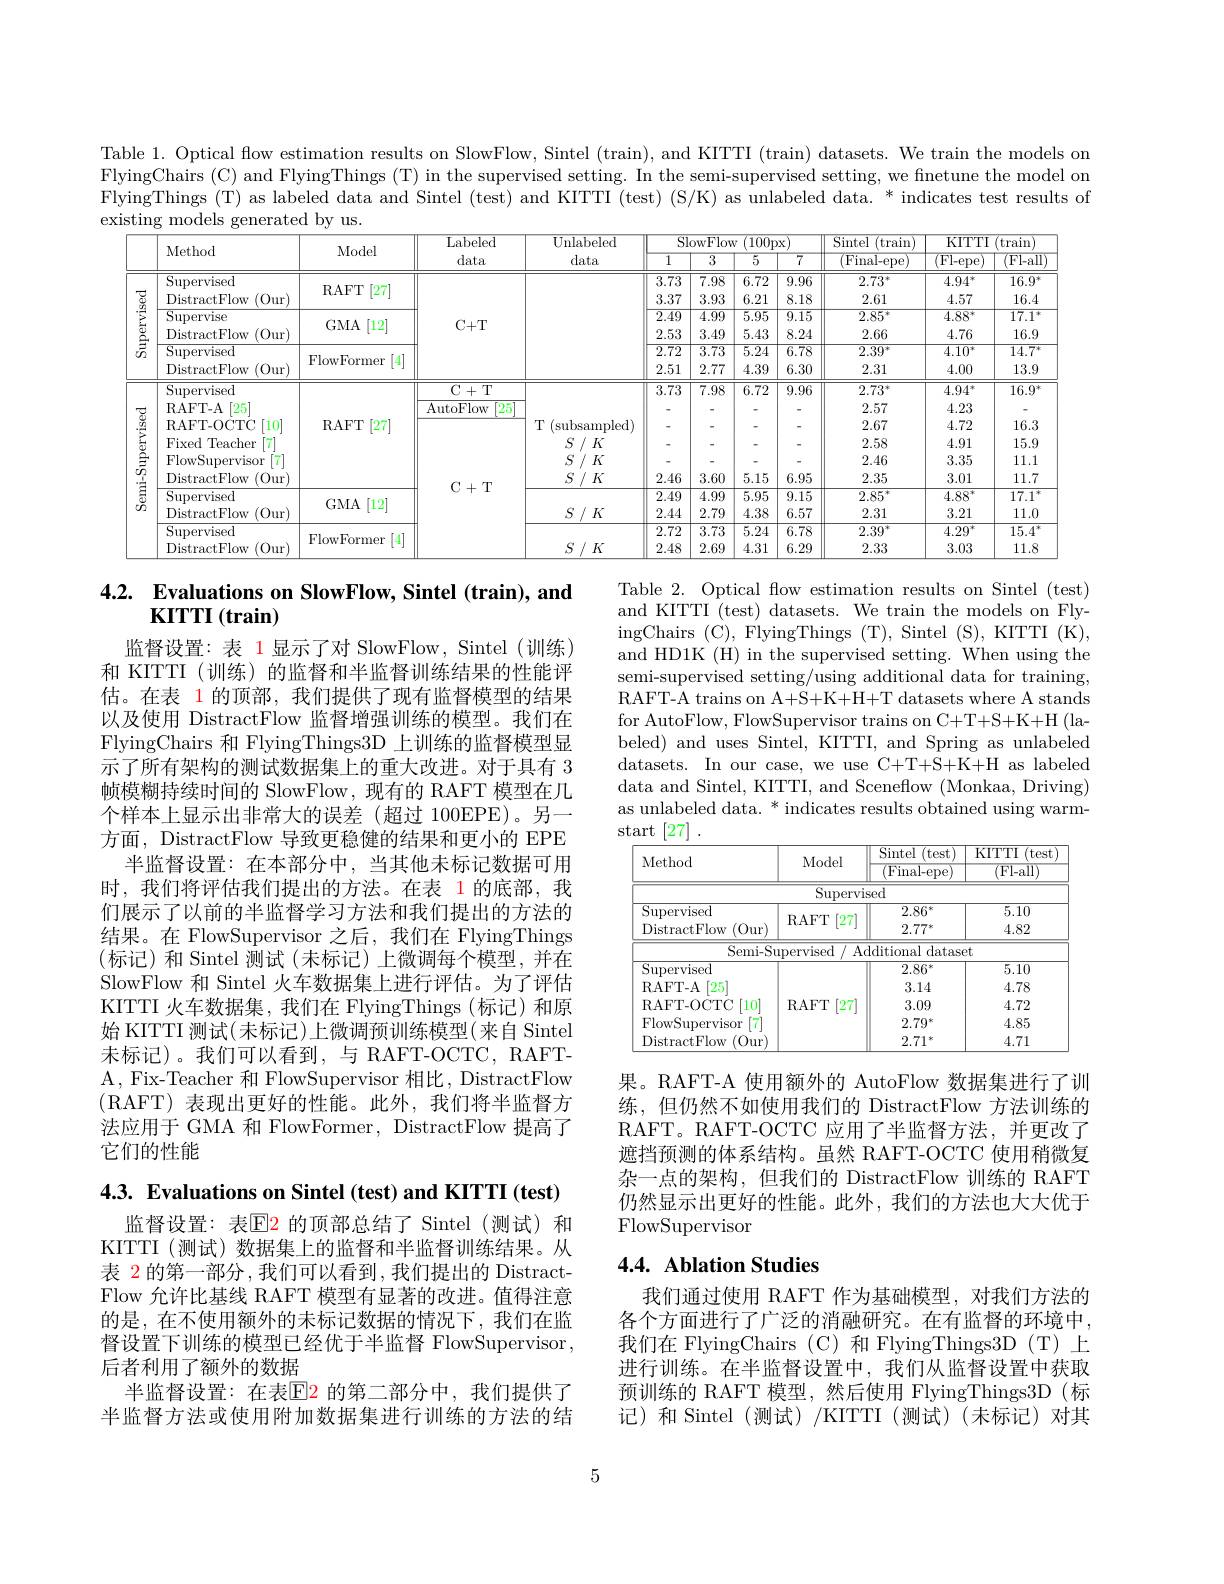
Table 1. Optical flow estimation results on SlowFlow, Sintel (train), and KITTI (train) datasets. We train the models on FlyingChairs (C) and FlyingThings (T) in the supervised setting. In the semi-supervised setting, we finetune the model on FlyingThings (T) as labeled data and Sintel (test) and KITTI (test) (S/K) as unlabeled data. * indicates test results of existing models generated by us.

<table>
	<tbody>
		<tr>
			<th> </th>
			<th rowspan="2">Method</th>
			<th rowspan="2">Model</th>
			<th rowspan="2">Labeled data</th>
			<th>Unlabeled</th>
			<th colspan="4">SlowFlow $\cdot$ (100px</th>
			<th rowspan="2">Sintel (train $({\mathrm{Final-epe}}$ 2</th>
			<th colspan="2">KITTI (train)</th>
		</tr>
		<tr>
			<th> </th>
			<th>data</th>
			<th>$\overline{1}$</th>
			<th>$\overline{3}$</th>
			<th>$\overline5$</th>
			<th>$\overline{7}$</th>
			<th>$\overline{(\text{Fl-epe})}$</th>
			<th>Fl- all</th>
		</tr>
		<tr>
			<td rowspan="6">Supervised</td>
			<td>Supervised</td>
			<td rowspan="2">[27] RAFT</td>
			<td> </td>
			<td> </td>
			<td>3.73</td>
			<td>7.98</td>
			<td>6.72</td>
			<td>9.96</td>
			<td>$2.73^*$</td>
			<td>$4.94^*$</td>
			<td>$16.9^*$</td>
		</tr>
		<tr>
			<td>DistractFlow (0ur)</td>
			<td> </td>
			<td rowspan="4"> </td>
			<td>3.37</td>
			<td>3.93</td>
			<td>6.21</td>
			<td>8.18</td>
			<td>2.61</td>
			<td>4.57</td>
			<td>16.4</td>
		</tr>
		<tr>
			<td>Supervise</td>
			<td rowspan="1">RAFT$\left [ 27\right ]$</td>
			<td rowspan="4">$C+T$</td>
			<td>$\overline{2.49}$</td>
			<td>$\overline{4.99}$</td>
			<td>$\overline{5.95}$</td>
			<td>$\overline{9.15}$</td>
			<td>$\overline{2.85^*}$</td>
			<td>$\overline{4.88^*}$</td>
			<td>$\overline{17.1}$ 大</td>
		</tr>
		<tr>
			<td>DistractFlow (0ur)</td>
			<td rowspan="1">$GMA$ [12]</td>
			<td>2.53</td>
			<td>3.49</td>
			<td>5.43</td>
			<td>8.24</td>
			<td>2.66</td>
			<td>4.76</td>
			<td>16.9</td>
		</tr>
		<tr>
			<td>Supervised</td>
			<td rowspan="2">FlowFormer</td>
			<td>$\overline{2.72}$</td>
			<td>$\overline{3.73}$</td>
			<td>$\overline{5.24}$</td>
			<td>$\overline{6.78}$</td>
			<td>$\overline{2.39^*}$</td>
			<td>$4.10^*$</td>
			<td>$\overline{14.7^*}$</td>
		</tr>
		<tr>
			<td>DistractFlow (0ur)</td>
			<td> </td>
			<td>2.51</td>
			<td>2.77</td>
			<td>4.39</td>
			<td>6.30</td>
			<td>2.31</td>
			<td>4.00</td>
			<td>13.9</td>
		</tr>
		<tr>
			<td rowspan="10">Semi-Supervised</td>
			<td>Supervised</td>
			<td rowspan="6">RAFT [27]</td>
			<td>$C+T$</td>
			<td rowspan="6">T (subsampled) $S$ / $K$ $S$ / $K$ $S$ / $K$</td>
			<td>3.73</td>
			<td>7.98</td>
			<td>6.72</td>
			<td>9.96</td>
			<td>$2.73^*$</td>
			<td>$4.94^*$</td>
			<td>$16.9^*$</td>
		</tr>
		<tr>
			<td>RAFT- A $\lceil25\rceil$</td>
			<td rowspan="2">$i+1$ AutoFlow $\lceil25\rceil$ $TT$ 1 </td>
			<td>-</td>
			<td>-</td>
			<td> </td>
			<td>-</td>
			<td>2.57</td>
			<td>4.23</td>
			<td> </td>
		</tr>
		<tr>
			<td>RAFT- OCTC [10]</td>
			<td>-</td>
			<td>-</td>
			<td> </td>
			<td>-</td>
			<td>2.67</td>
			<td>4.72</td>
			<td>16.3</td>
		</tr>
		<tr>
			<td>Fixed $\textbf{Teacher}$</td>
			<td rowspan="7">$C+T$</td>
			<td> </td>
			<td> </td>
			<td> </td>
			<td> </td>
			<td>2.58</td>
			<td>4.91</td>
			<td>15.9</td>
		</tr>
		<tr>
			<td>FlowSupervisor</td>
			<td>-</td>
			<td>-</td>
			<td> </td>
			<td>-</td>
			<td>2.46</td>
			<td>3.35</td>
			<td>11.1</td>
		</tr>
		<tr>
			<td>DistractFlow $\langle0ur^{\prime}\rangle$</td>
			<td>2.46</td>
			<td>3.60</td>
			<td>5.15</td>
			<td>6.95</td>
			<td>2.35</td>
			<td>3.01</td>
			<td>11.7</td>
		</tr>
		<tr>
			<td>Supervised</td>
			<td> </td>
			<td rowspan="3">$S$ / $K$</td>
			<td>2.49</td>
			<td>4.99</td>
			<td>$\overline{5.95}$</td>
			<td>9.15</td>
			<td>$2.85^*$</td>
			<td>$4.88^*$</td>
			<td>17.1 本</td>
		</tr>
		<tr>
			<td>DistractFlow (0ur)</td>
			<td rowspan="1">$GMA$ [12]</td>
			<td>2.44</td>
			<td>2.79</td>
			<td>4.38</td>
			<td>6.57</td>
			<td>2.31</td>
			<td>3.21</td>
			<td>11.0</td>
		</tr>
		<tr>
			<td>Supervised</td>
			<td rowspan="2">FlowFormer</td>
			<td>2.72</td>
			<td>3.73</td>
			<td>5.24</td>
			<td>6.78</td>
			<td>$2.39^*$</td>
			<td>$4.29^*$</td>
			<td>$15.4^*$</td>
		</tr>
		<tr>
			<td>DistractFlow (0ur)</td>
			<td>$S$ / $K$</td>
			<td>2.48</td>
			<td>2.69</td>
			<td>4.31</td>
			<td>6.29</td>
			<td>2.33</td>
			<td>3.03</td>
			<td>11.8</td>
		</tr>
	</tbody>
</table>

## 4.2. Evaluations on SlowFlow, Sintel (train), and $\mathbf{KITTI}\left(\mathbf{train}\right)$

Table 2. Optical fow estimation results on Sintel (test) and KITTI (test) datasets. We train the models on FlyingChairs (C), FlyingThings (T), Sintel (S), KITTI (K), and HD1K (H) in the supervised setting. When using the semi-supervised setting/using additional data for training, RAFT-A trains on A+S+K+H+T datasets where A stands for AutoFlow, FlowSupervisor trains on C+T+S+K+H (labeled) and uses Sintel, KITTI, and Spring as unlabeled datasets. In our case, we use C+T+S+K+H as labeled data and Sintel, KITTI, and Sceneflow (Monkaa, Driving) as unlabeled data. * indicates results obtained using warmstart [27]

监督设置：表 1显示了对 SlowFlow, Sintel(训练) 和 KITTI (训练) 的监督和半监督训练结果的性能评估。在表 1 的顶部，我们提供了现有监督模型的结果以及使用 DistractFlow 监督增强训练的模型。我们在FlyingChairs 和 FlyingThings3D 上训练的监督模型显示了所有架构的测试数据集上的重大改进。对于具有 3帧模糊持续时间的 SlowFlow, 现有的 RAFT 模型在几个样本上显示出非常大的误差(超过 100EPE)。另一方面，DistractFlow 导致更稳健的结果和更小的 EPE
半监督设置：在本部分中，当其他未标记数据可用时，我们将评估我们提出的方法。在表 1 的底部，我们展示了以前的半监督学习方法和我们提出的方法的结果。在 FlowSupervisor 之后，我们在 FlyingThings (标记)和 Sintel 测试(未标记)上微调每个模型，并在SlowFlow 和 Sintel 火车数据集上进行评估。为了评估KITTI 火车数据集，我们在 FlyingThings(标记)和原始 KITTI 测试(未标记)上微调预训练模型(来自 Sintel 末标记)。我们可以看到，与 RAFT-OCTC, RAFTA, Fix-Teacher 和 FlowSupervisor 相比，DistractFlow (RAFT)表现出更好的性能。此外，我们将半监督方法应用于 GMA 和 FlowFormer, DistractFlow 提高了它们的性能

<table>
	<tbody>
		<tr>
			<th rowspan="2">Method</th>
			<th rowspan="2">Model</th>
			<th rowspan="2">Sintel (test) (Final-epe</th>
			<th rowspan="2">KITTI (test (Fl-all)</th>
		</tr>
		<tr>
			<td>Supervised</td>
			<td rowspan="1">RAFT [27]</td>
			<td>$2.86^*$</td>
			<td>5.10</td>
		</tr>
		<tr>
			<td>(0ur DistractFlow</td>
			<td rowspan="1">[27] RAFT</td>
			<td>$2.77^*$</td>
			<td>4.82</td>
		</tr>
		<tr>
			<td>Semi-Sr</td>
			<td>upervised A</td>
			<td>$\operatorname{lditional}$ datase</td>
			<td>$t$</td>
		</tr>
		<tr>
			<td>Supervised</td>
			<td> </td>
			<td>$2.86^*$</td>
			<td>5.10</td>
		</tr>
		<tr>
			<td>RAFT- A $\lceil25\rceil$</td>
			<td> </td>
			<td>3.14</td>
			<td>4.78</td>
		</tr>
		<tr>
			<td>RAFT- OCTC $10^{\circ}$</td>
			<td>RAFT $\lceil27\rceil$</td>
			<td>3.09</td>
			<td>4.72</td>
		</tr>
		<tr>
			<td>FlowSupervisor</td>
			<td> </td>
			<td>$2.79^*$</td>
			<td>4.85</td>
		</tr>
		<tr>
			<td>DistractFlow (0ur</td>
			<td> </td>
			<td>$2.71^*$</td>
			<td>4.71</td>
		</tr>
	</tbody>
</table>

果。RAFT-A 使用额外的 AutoFlow 数据集进行了训练，但仍然不如使用我们的 DistractFlow 方法训练的RAFT。RAFT-OCTC 应用了半监督方法，并更改了遮挡预测的体系结构。虽然 RAFT-OCTC 使用稍微复杂一点的架构，但我们的 DistractFlow 训练的 RAFT 仍然显示出更好的性能。此外，我们的方法也大大优于FlowSupervisor

4.3. Evaluations on Sintel (test) and KITTI (test)

## 4.4. Ablation Studies

监督设置：表E2 的顶部总结了 Sintel(测试)和KITTI (测试)数据集上的监督和半监督训练结果。从表 2 的第一部分 ,我们可以看到 ,我们提出的 DistractFlow 允许比基线 RAFT 模型有显著的改进。值得注意的是，在不使用额外的未标记数据的情况下，我们在监督设置下训练的模型已经优于半监督 FlowSupervisor, 后者利用了额外的数据
半监督设置：在表$\boxed{\mathrm{E}}$2 的第二部分中，我们提供了半监督方法或使用附加数据集进行训练的方法的结

我们通过使用 RAFT 作为基础模型，对我们方法的各个方面进行了广泛的消融研究。在有监督的环境中， 我们在 FlyingChairs (C)和 FlyingThings3D (T)上进行训练。在半监督设置中，我们从监督设置中获取预训练的 RAFT 模型，然后使用 FlyingThings3D(标记)和 Sintel (测试)/KITTI (测试)(未标记)对其

5